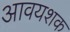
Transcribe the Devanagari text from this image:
आवयशक